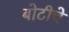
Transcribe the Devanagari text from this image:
बोटीचे